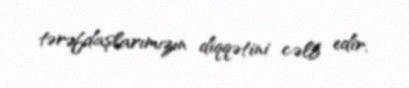
tərəfdaşlarımızın diqqətini cəlb edir.